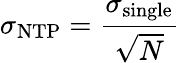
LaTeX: \sigma_{\mathrm{NTP}}=\frac{\sigma_{\mathrm{single}}}{\sqrt{N}}